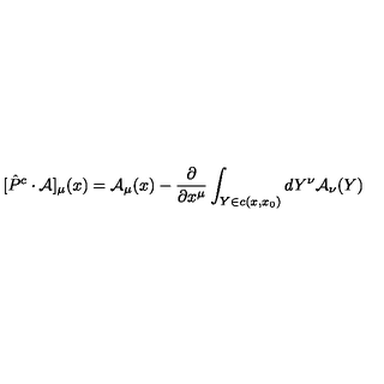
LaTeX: [ \hat { P } ^ { c } \cdot { \cal A } ] _ { \mu } ( x ) = { \cal A } _ { \mu } ( x ) - \frac { \partial } { \partial x ^ { \mu } } \int _ { Y \in c ( x , x _ { 0 } ) } d Y ^ { \nu } { \cal A } _ { \nu } ( Y )